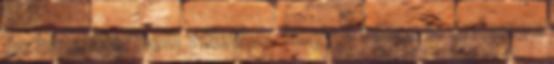
és hatalom. Nem véletlen, hogy e téren is érdemes